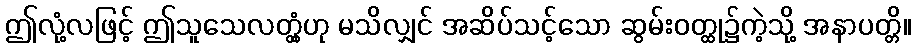
ဤလုံ့လဖြင့် ဤသူသေလတ္တံ့ဟု မသိလျှင် အဆိပ်သင့်သော ဆွမ်းဝတ္ထု၌ကဲ့သို့ အနာပတ္တိ။